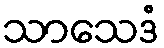
သာသေဒံ